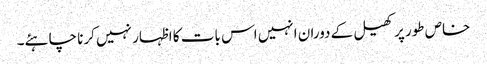
خاص طور پر کھیل کے دوران انہیں اس بات کا اظہار نہیں کرنا چاہئے۔